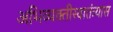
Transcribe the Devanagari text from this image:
अभिव्यक्तीस्वातंत्र्यास